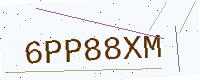
Text: 6PP88XM